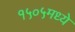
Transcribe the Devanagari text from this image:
१५०५मध्ये